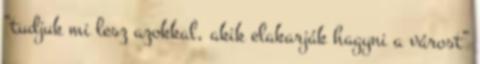
“tudjuk mi lesz azokkal, akik elakarják hagyni a várost”